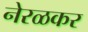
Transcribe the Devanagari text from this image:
नेरळकर